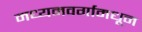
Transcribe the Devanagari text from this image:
मध्यमवर्गामधून